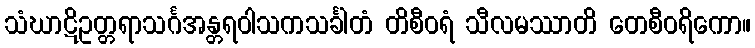
သံဃာဋိဥတ္တရာသင်္ဂအန္တရဝါသကသင်္ခါတံ တိစီဝရံ သီလမဿာတိ တေစီဝရိကော။